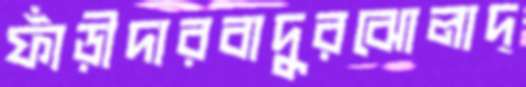
ফাঁড়ীদারবাদুরঝোলাদ্